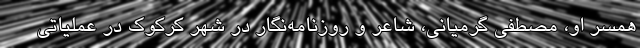
همسر او، مصطفی گرمیانی، شاعر و روزنامه‌نگار در شهر کرکوک در عملیاتی